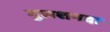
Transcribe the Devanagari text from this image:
गुलशनदा